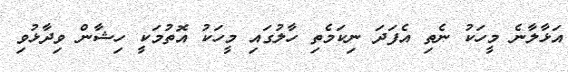
އަޅާލާނެ މީހަކު ނެތި އެފަދަ ނިކަމެތި ހާލުގައި މީހަކު އޮތުމަކީ ހިޝާން ވިދާޅުވި